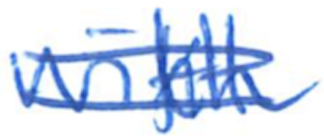
Text: with
Cross-out: double-line
Writing tool: ballpoint